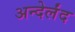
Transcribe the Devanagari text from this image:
अन्देर्लंद